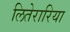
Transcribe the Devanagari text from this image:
लितेरारिया